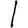
Digit: 1